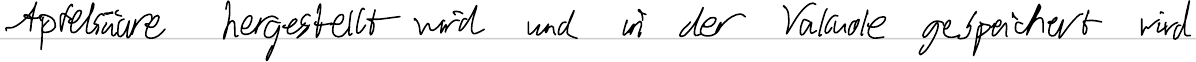
Apfelsäure hergestellt wird und in der Vakuole gespeichert wird